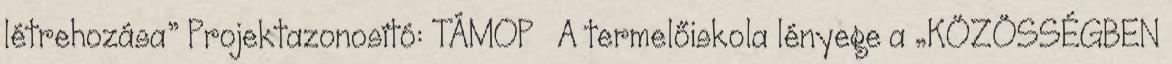
létrehozása” Projektazonosító: TÁMOP A termelőiskola lényege a „KÖZÖSSÉGBEN